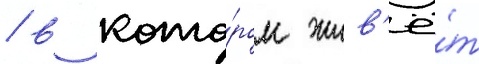
/ в кото́ром жив'ё́т